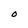
Character: O